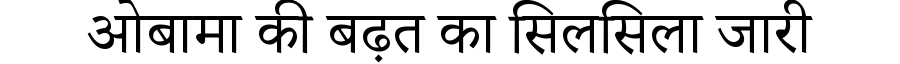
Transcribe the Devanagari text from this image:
ओबामा की बढ़त का सिलसिला जारी